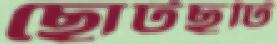
ছোটছুটি